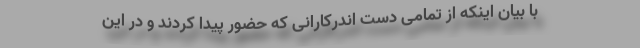
با بیان اینکه از تمامی دست اندرکارانی که حضور پیدا کردند و در این